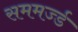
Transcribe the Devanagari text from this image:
सममर्ज्ड